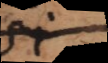
si